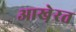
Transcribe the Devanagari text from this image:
आखे़रत